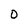
Character: 0